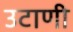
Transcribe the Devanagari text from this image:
उटाणी